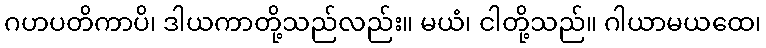
ဂဟပတိကာပိ၊ ဒါယကာတို့သည်လည်း။ မယံ၊ ငါတို့သည်။ ဂါယာမယထေ၊